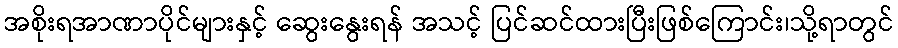
အစိုးရအာဏာပိုင်များနှင့် ဆွေးနွေးရန် အသင့် ပြင်ဆင်ထားပြီးဖြစ်ကြောင်း၊သို့ရာတွင်